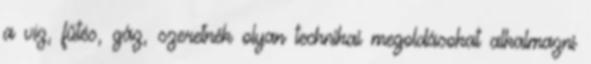
a víz, fűtés, gáz, szeretnék olyan technikai megoldásokat alkalmazni